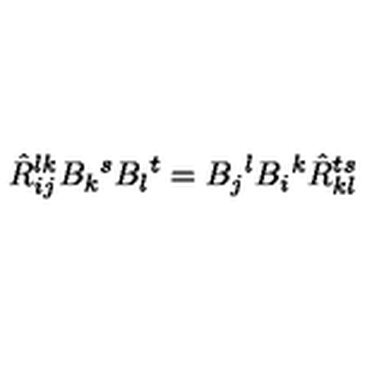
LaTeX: \hat { R } _ { i j } ^ { l k } B _ { k } { } ^ { s } B _ { l } { } ^ { t } = B _ { j } { } ^ { l } B _ { i } { } ^ { k } \hat { R } _ { k l } ^ { t s }